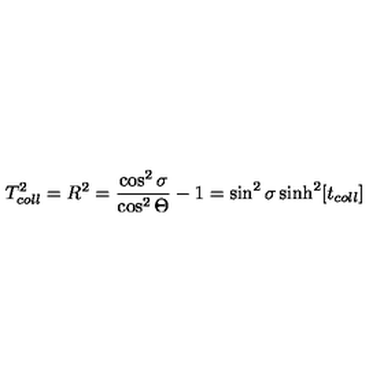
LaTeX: T _ { c o l l } ^ { 2 } = R ^ { 2 } = \frac { \cos ^ { 2 } \sigma } { \cos ^ { 2 } \Theta } - 1 = \sin ^ { 2 } \sigma \sinh ^ { 2 } [ t _ { c o l l } ]